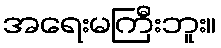
အရေးမကြီးဘူး။